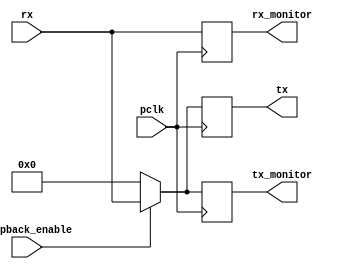
`timescale 1ns / 1ps


module UART_communication(
    input wire pclk,
    input wire loopback_enable,
    input wire [7:0] rx,
    output reg [7:0] rx_monitor,
    output reg [7:0] tx,
    output reg [7:0] tx_monitor   
    );
    
    reg [7:0] tx_nxt;
    
    always @(posedge pclk)
    begin
        tx <= tx_nxt;
        tx_monitor <= tx_nxt;
        rx_monitor <= rx;
    end
    
    always @*
    begin
        if(loopback_enable)
            tx_nxt = rx;
        else
            tx_nxt = 0;
    end
endmodule